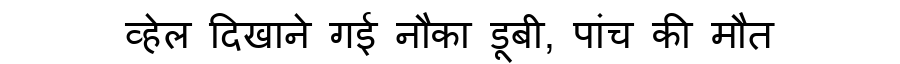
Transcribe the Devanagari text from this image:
व्हेल दिखाने गई नौका डूबी, पांच की मौत